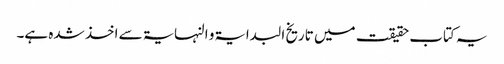
یہ کتاب حقیقت میں تاریخ البدایۃ و النہایۃ سے اخذ شدہ ہے۔